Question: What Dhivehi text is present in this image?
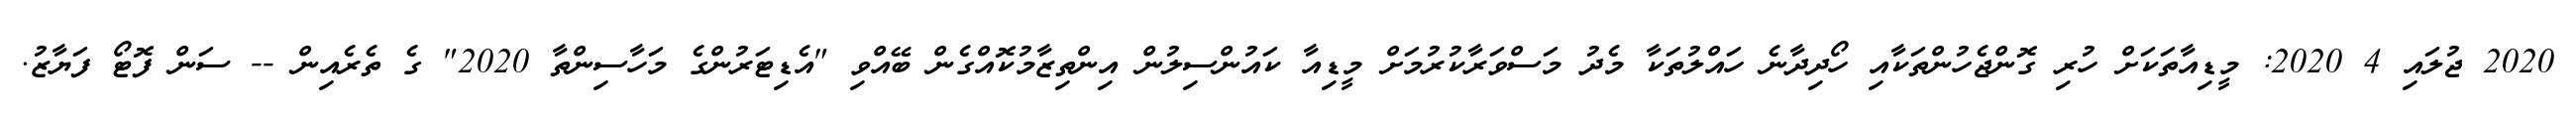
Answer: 2020 ޖުލައި 4 2020: މީޑިއާތަކަށް ހުރި ގޮންޖެހުންތަކާއި ހޯދިދާނެ ހައްލުތަކާ މެދު މަސްވަރާކުރުމަށް މީޑިއާ ކައުންސިލުން އިންތިޒާމުކޮއްގެން ބޭއްވި "އެޑިޓަރުންގެ މަހާސިންތާ 2020" ގެ ތެރެއިން -- ސަން ފޮޓޯ ފަޔާޒު.